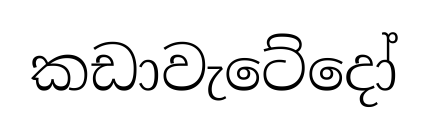
කඩාවැටේදෝ